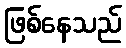
ဖြစ်နေသည်